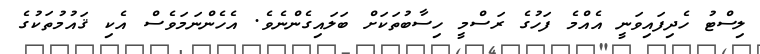
ލިސްޓު ހެދިފައިވަނީ އެއްމެ ފަހުގެ ރަސްމީ ހިސާބުތަކަށް ބަލައިގެންނެވެ. އެހެންނަމަވެސް އެކި ޤައުމުތަކުގެ